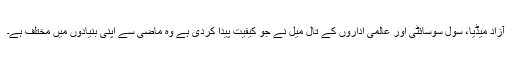
آزاد میڈیا، سول سوسائٹی اور عالمی اداروں کے تال میل نے جو کیفیت پیدا کردی ہے وہ ماضی سے اپنی بنیادوں میں مختلف ہے۔